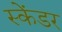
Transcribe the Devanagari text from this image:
स्केंडर